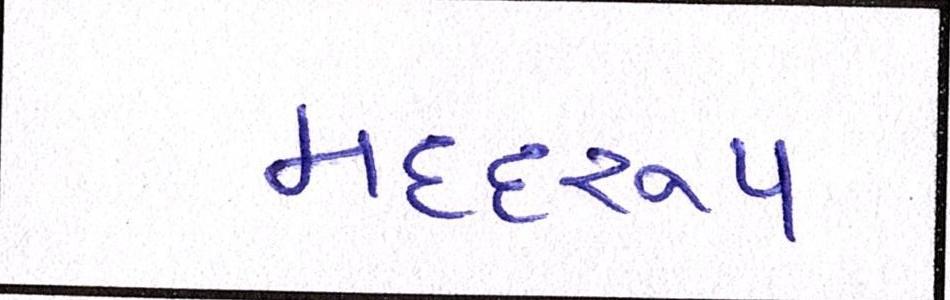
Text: મદદરુપ